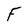
Character: F